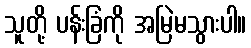
သူတို့ ပန်းခြံကို အမြဲမသွားပါ။